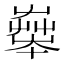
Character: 𡴨